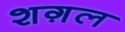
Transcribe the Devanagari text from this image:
शग़ल